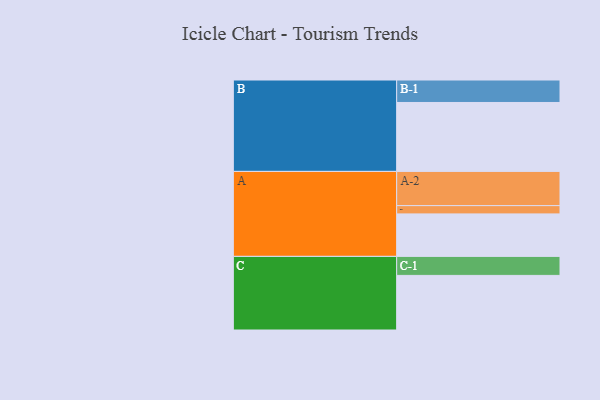
{"axis": {"x": "Segment", "y": "Value"}, "legend": ["", "A", "B", "C"], "data": [{"x": "A", "y": 344, "type": ""}, {"x": "B", "y": 558, "type": ""}, {"x": "C", "y": 442, "type": ""}, {"x": "A-1", "y": 67, "type": "A"}, {"x": "A-2", "y": 277, "type": "A"}, {"x": "B-1", "y": 182, "type": "B"}, {"x": "C-1", "y": 154, "type": "C"}]}